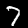
Label: 7